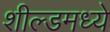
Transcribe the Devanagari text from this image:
शील्डमध्ये